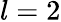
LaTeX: l=2